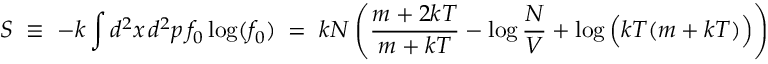
S \; \equiv \; - k \int d ^ { 2 } x \, d ^ { 2 } p \, f _ { 0 } \log ( f _ { 0 } ) \; = \; k N \left( \frac { m + 2 k T } { m + k T } - \log \frac { N } { V } + \log \Big ( k T ( m + k T ) \Big ) \right)